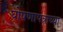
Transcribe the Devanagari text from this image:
घोषणापत्राच्या